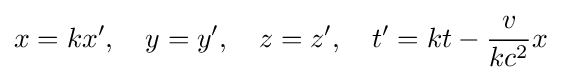
x=kx',\quad y=y',\quad z=z',\quad t'=kt-{\frac {v}{kc^{2}}}x